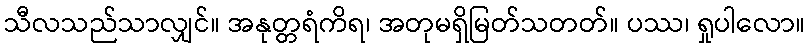
သီလသည်သာလျှင်။ အနုတ္တရံကိရ၊ အတုမရှိမြတ်သတတ်။ ပဿ၊ ရှုပါလော။